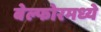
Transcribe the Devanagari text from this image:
बेल्फोरमध्ये